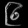
Digit: ၉